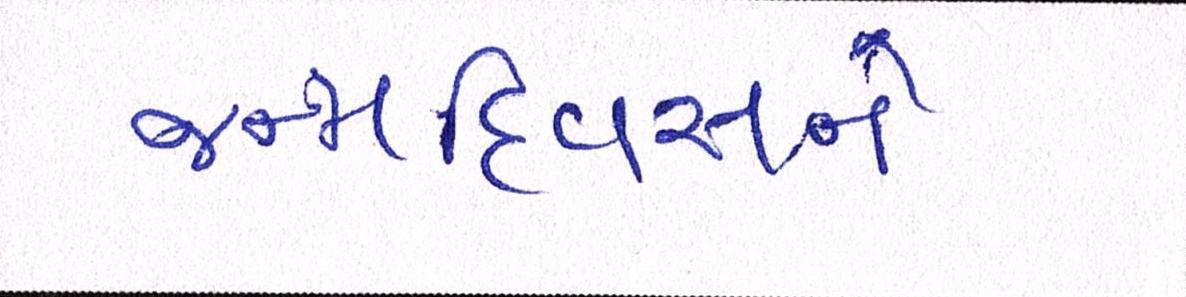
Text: જન્મદિવસને